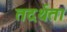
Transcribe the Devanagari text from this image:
तदर्थता